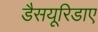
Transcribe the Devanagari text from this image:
डैसयूरिडाए